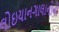
લોઇયાનગાલાનીની